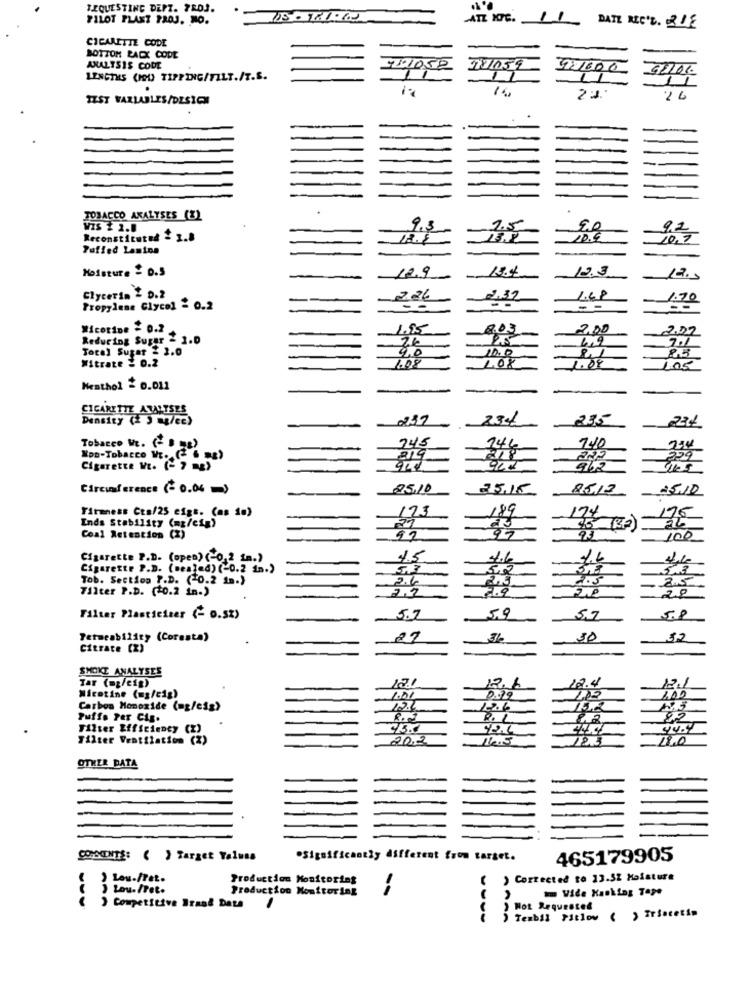
REQUESTING DEPT. PROJ.
PILOT PLANT PROJ. NO.
ATT ING. 11 DATE REC'D. 2DE
CIGARETTE CODE
BOTTOM RACX CODE
ANALYSIS CODE
4º1050
27059
721600
92106
LENGTHS (HOU TIPPING/FILT./T.S.
14
TEST WARLABLES/DESIGN
2 6
TOBACCO ANALYSES (2)
VIS $ 2.0
9.3
1.5
9.2
Reconstituted
20.6
10,7
Puffed Lamins
Moisture = D.S
12.9
18.4
12.3
Glycerin & D.2
1.48
Propylene Glycol = 0.2
-
Wicetine = 0.2
1.95
Reducing Super - 1.0
Total Sugar £ 2.0
4.0
10.0
Nitrate 2 0.2
1.08
Nenthol = 0.011
CIGARETTE ANALYSES
Density (2 5 mg/ce)
234
235
745
Tobacco WE. (- B "E)
146
140
219
Cigarette Wt. (- 7 mg)
962
Circumference (- 0.04 =)
25.10
Firmness Cta/25 eigs. (as 10)
123
189
174
132
Ends Stability (mg/cig)
27
Coal Retention (2)
92
97
100
Cigarette P.D. (open) (-0,2 in.)
15
4.6
Cigarette P.D. (sealed) (-0.2 in.)
5,2
3,8
Tob. Section P.D. (0.2 1m.)
26
2.5
2.5
Filter P.D. (+0.2 in.)
7.9
29
2.2
Filter Plasticiner (- 0.5%)
5.7
5,9
5,7
Permeability (Coresta)
27
30
Citrate (Z)
SMOKE ANALYSES
Tar (mg/cig)
121
17.1
12.4
Nicotine (mg/cig)
1.01
0.72
Carbon Monoxide (mg/cig)
12.6
12.6
Puffo Per Cis.
Filter Efficiency (2)
12.4
Filter Ventilation (%)
20,2
14.5
123
OTHER DATA
CONSIENTE: ( ) Target Yalusa
.Significantly different from target.
465179905
) Lou./Fet.
Production Monitoring
Corrected to 13.52 Moisture
J Lou./Pet.
Production Monitoring
Vide Kanking Tape
) Competitive Brand Data
Hot Requested
) Tembil Pitlow
ARAR